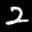
Label: 2